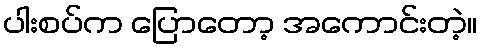
ပါးစပ်က ပြောတော့ အကောင်းတဲ့။